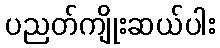
ပညတ်ကျိုးဆယ်ပါး